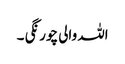
اللہ والی چورنگی ۔